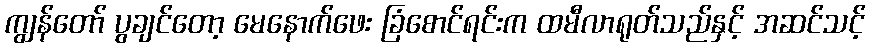
ကျွန်တော် ပွချင်တော့ မေနောက်ဖေး ခြံစောင်ရင်းက ထမီလာရုတ်သည်နှင့် အဆင်သင့်